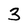
Character: 3